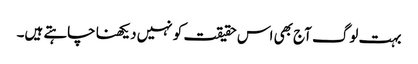
بہت لوگ آج بھی اس حقیقت کو نہیں دیکھنا چاہتے ہیں۔